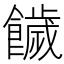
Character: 饖